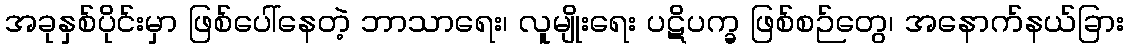
အခုနှစ်ပိုင်းမှာ ဖြစ်ပေါ်နေတဲ့ ဘာသာရေး၊ လူမျိုးရေး ပဋိပက္ခ ဖြစ်စဉ်တွေ၊ အနောက်နယ်ခြား